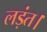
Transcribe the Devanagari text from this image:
लड़ंत।